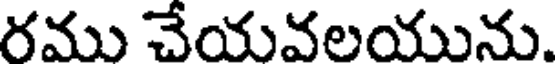
రము చేయవలయును.